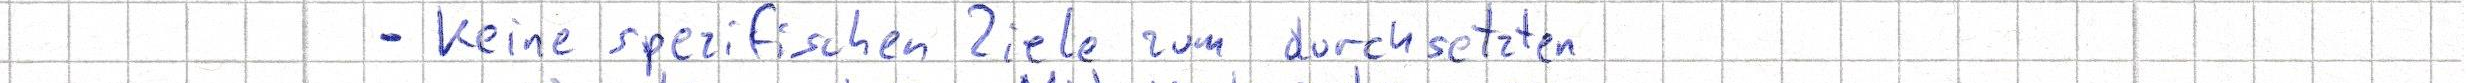
- keine spezifischen Ziele zum durchsetzten